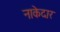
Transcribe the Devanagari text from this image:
नाकेदार